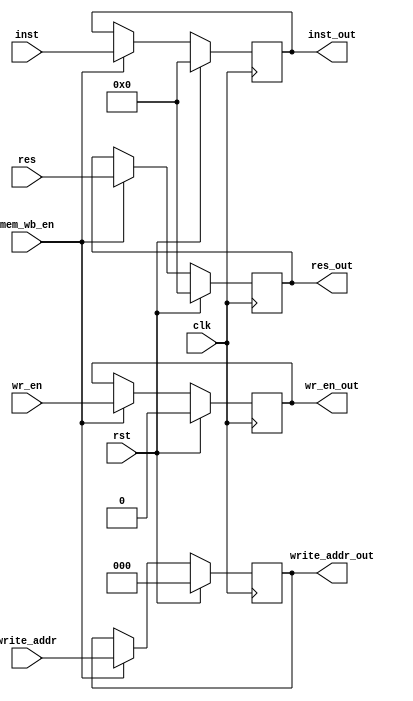
module MEM_WB(
		input clk, input rst, mem_wb_en,
		input [15:0] inst, res,
		input wr_en,
		input [2:0] write_addr,
		output reg[15:0] inst_out, res_out,
		output reg wr_en_out,
		output reg [2:0] write_addr_out);
		
		
	always @(posedge clk)
	begin
		if (rst)
		begin
			inst_out <= 0;
			res_out <= 0;
			wr_en_out <= 0;
			write_addr_out <= 0;
			
		end
		else if (mem_wb_en)
		begin
			inst_out <= inst;
			res_out <= res;
			wr_en_out <= wr_en;
			write_addr_out <= write_addr;
		end
	end
endmodule